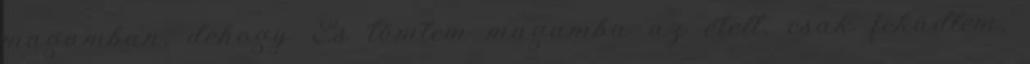
magamban, dehogy. És tömtem magamba az ételt, csak feküdtem,